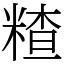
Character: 𥻗